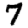
Digit: 7